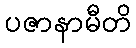
ပဇာနာမီတိ